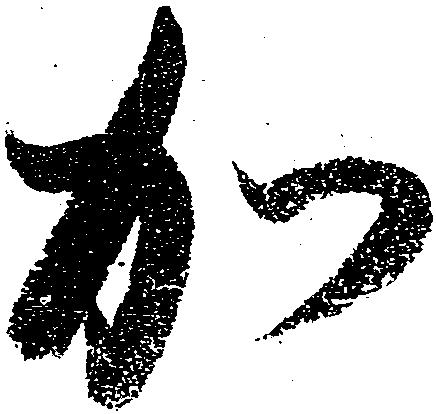
加